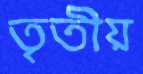
তৃতীয়